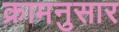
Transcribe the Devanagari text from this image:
क्रामनुसार